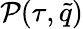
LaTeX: \mathcal{P}(\tau,{\tilde{q}})